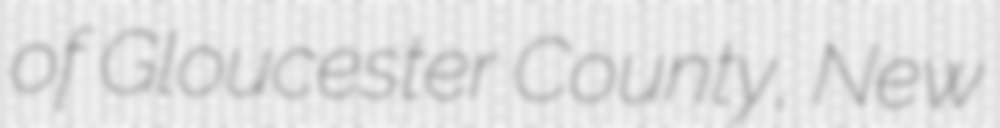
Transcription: of Gloucester County, New